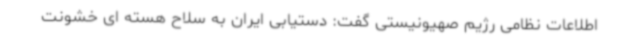
اطلاعات نظامی رژیم صهیونیستی گفت: دستیابی ایران به سلاح هسته ای خشونت